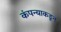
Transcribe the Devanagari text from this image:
कंपन्याकडून